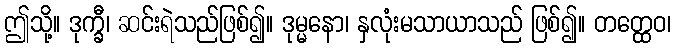
ဤသို့။ ဒုက္ခီ၊ ဆင်းရဲသည်ဖြစ်၍။ ဒုမ္မနော၊ နှလုံးမသာယာသည် ဖြစ်၍။ တတ္ထေဝ၊